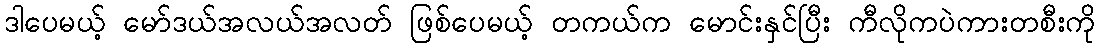
ဒါပေမယ့် မော်ဒယ်အလယ်အလတ် ဖြစ်ပေမယ့် တကယ်က မောင်းနှင်ပြီး ကီလိုကပဲကားတစီးကို